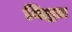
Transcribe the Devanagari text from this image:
विद्धत्र